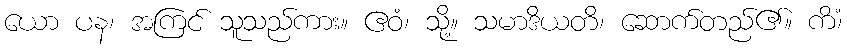
ယော ပန၊ အကြင် သူသည်ကား။ ဧဝံ၊ သို့။ သမာဒိယတိ၊ ဆောက်တည်၏။ ကိံ၊